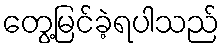
တွေ့မြင်ခဲ့ရပါသည်